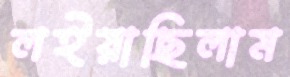
লইয়াছিলাম